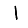
Digit: 1